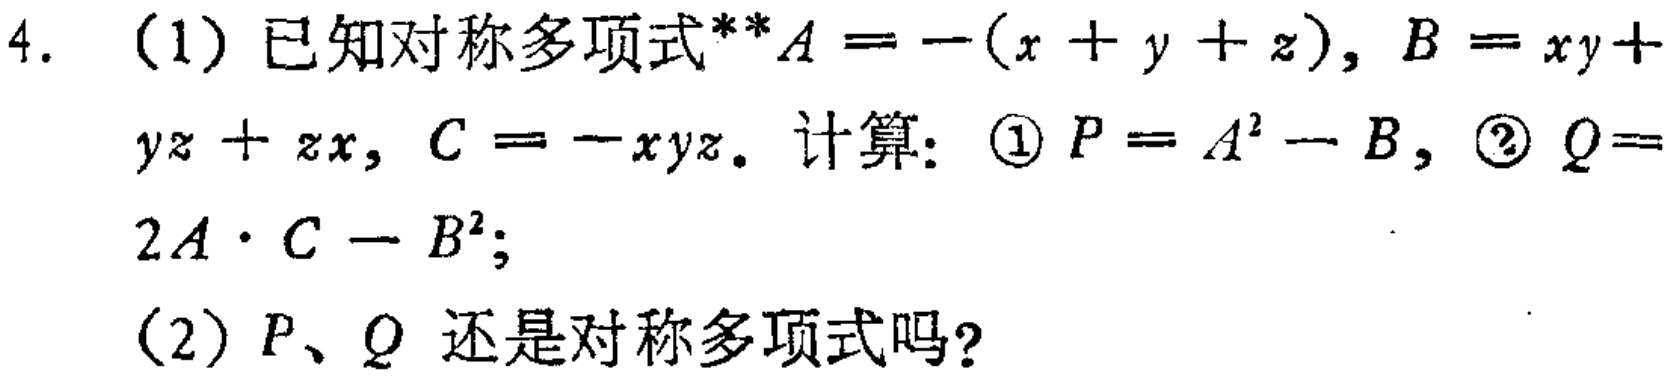
4. （1）已知对称多项式**\(A = -(x + y + z)\)，\(B = xy + yz + zx\)，\(C = -xyz\)。计算：\textcircled{1}\(P = A^{2}-B\)，\textcircled{2}\(Q = 2A\cdot C - B^{2}\)；

（2）\(P\)、\(Q\)还是对称多项式吗？